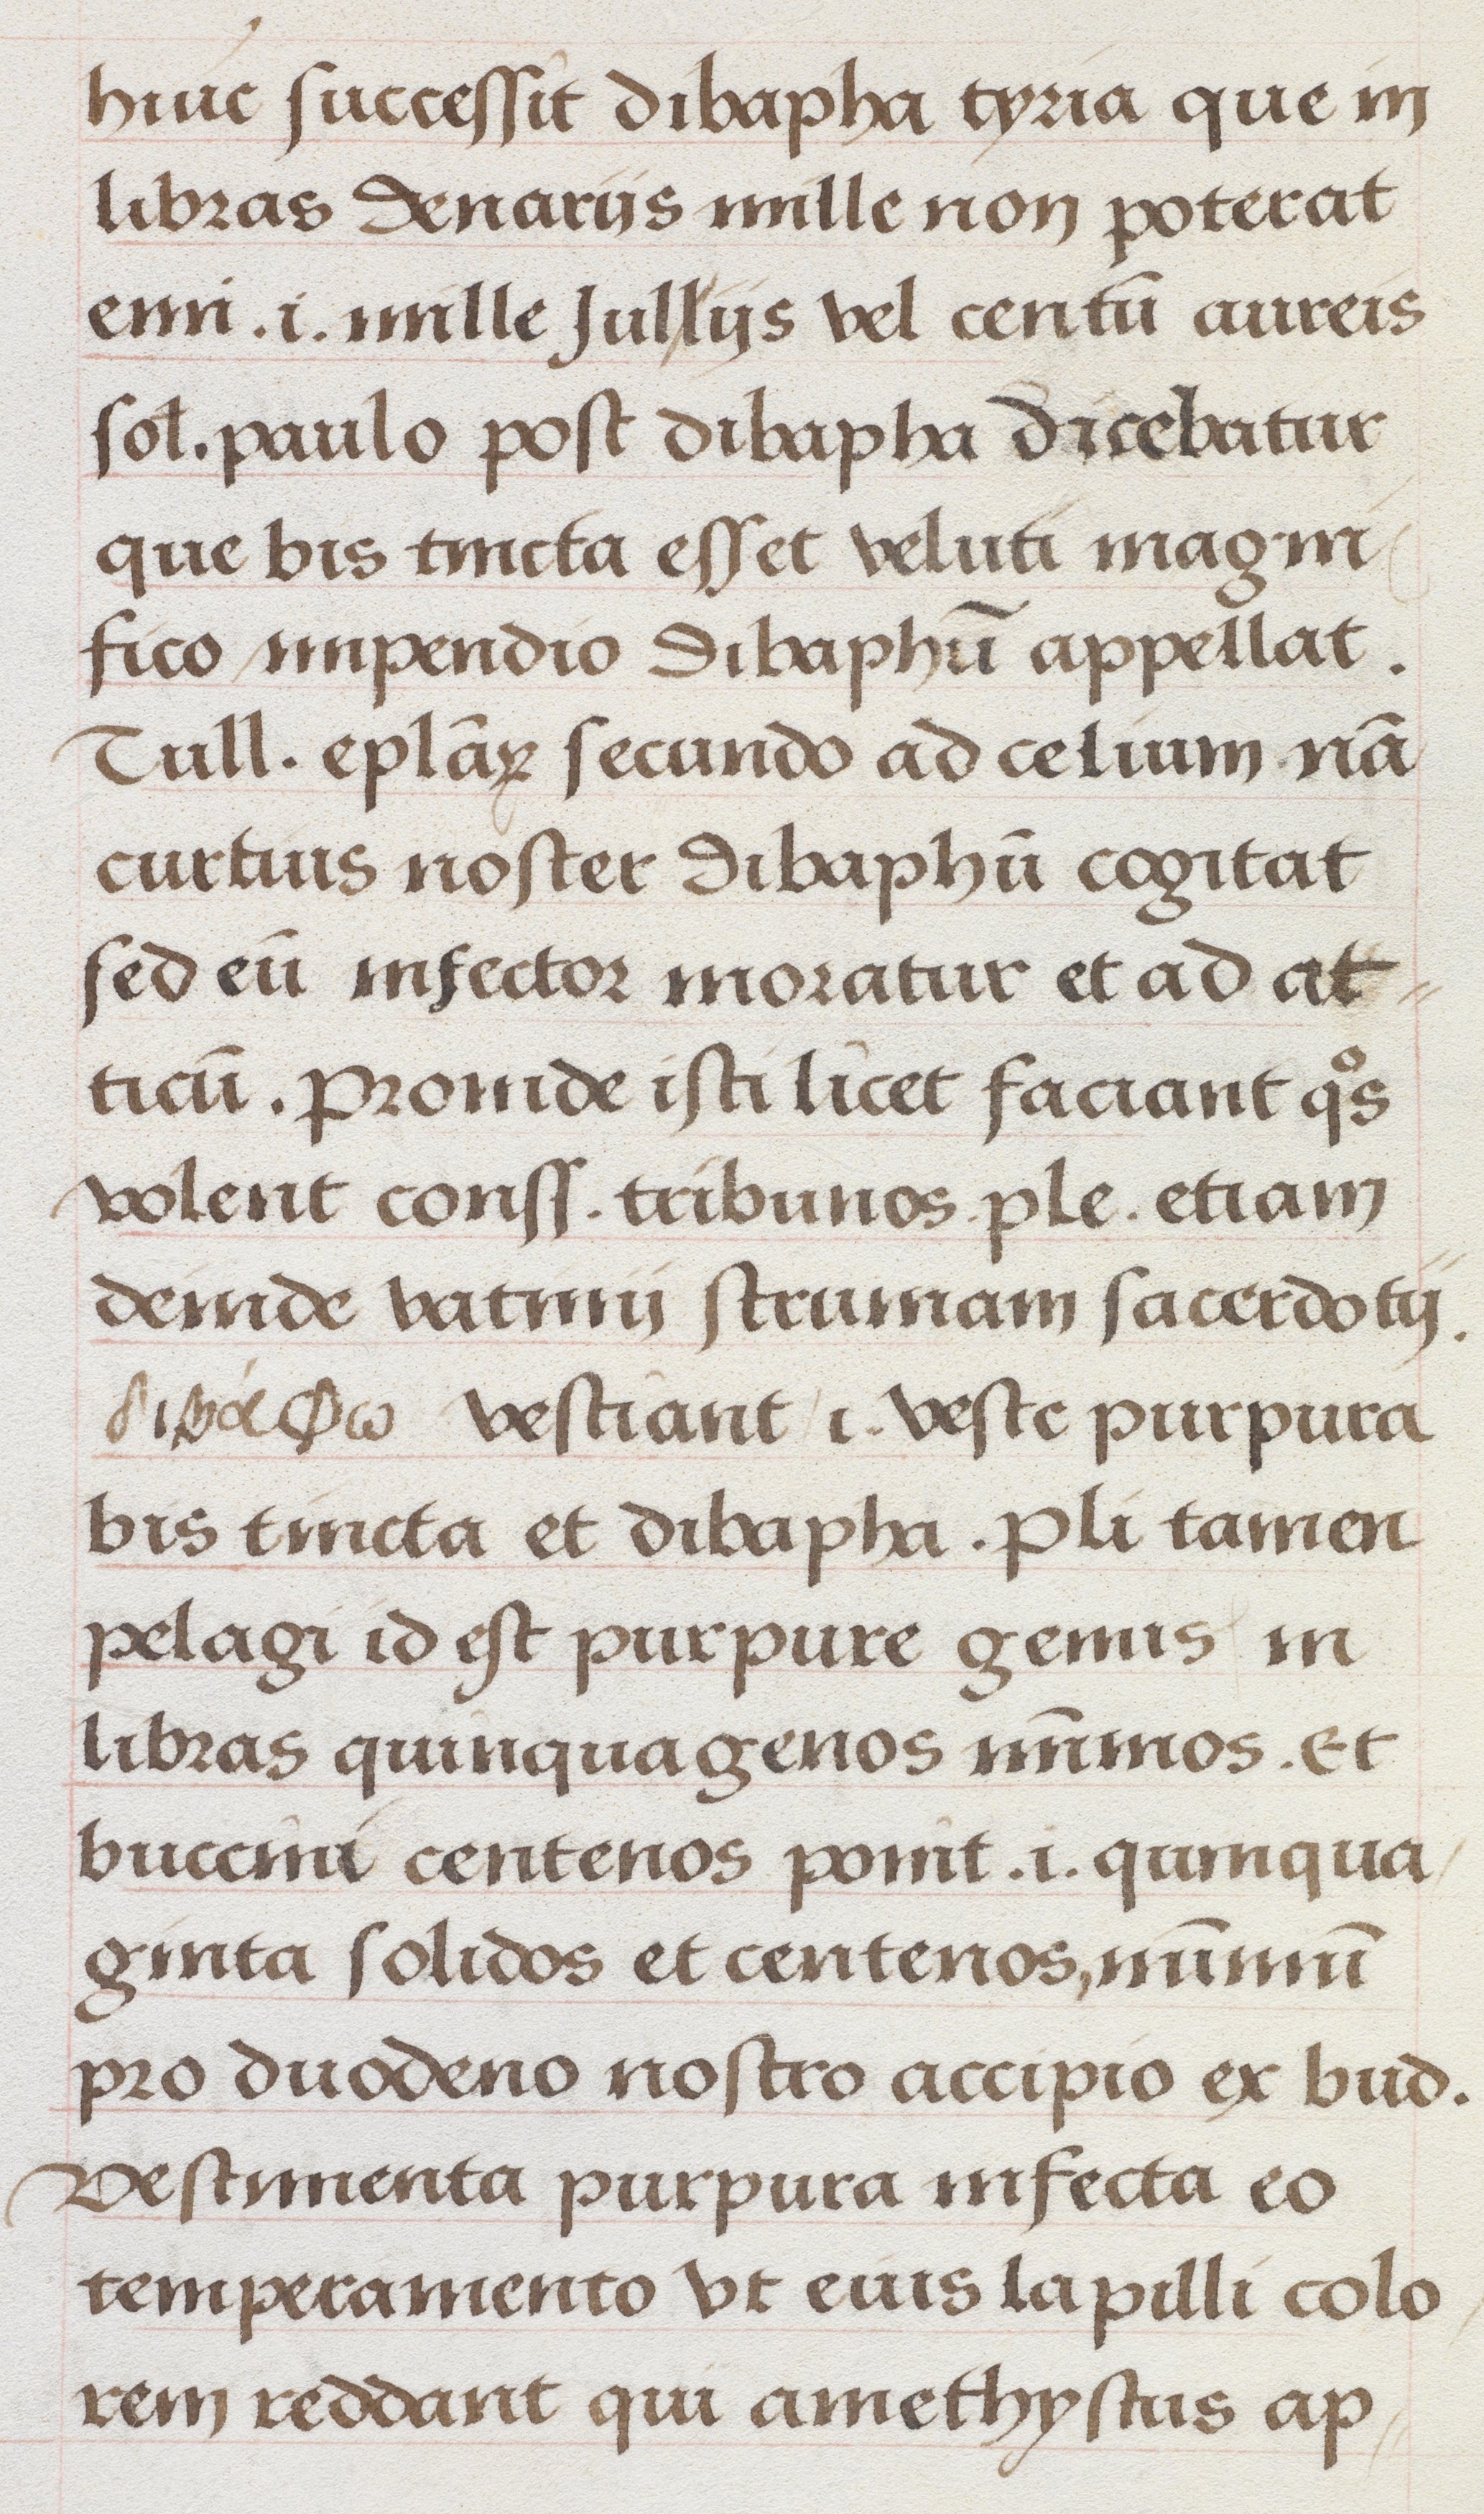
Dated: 1500–1549